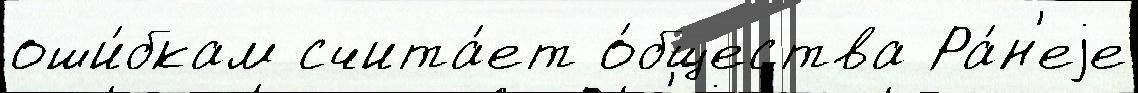
оши́бкам счита́ет о́бщества Ра́н'еjе